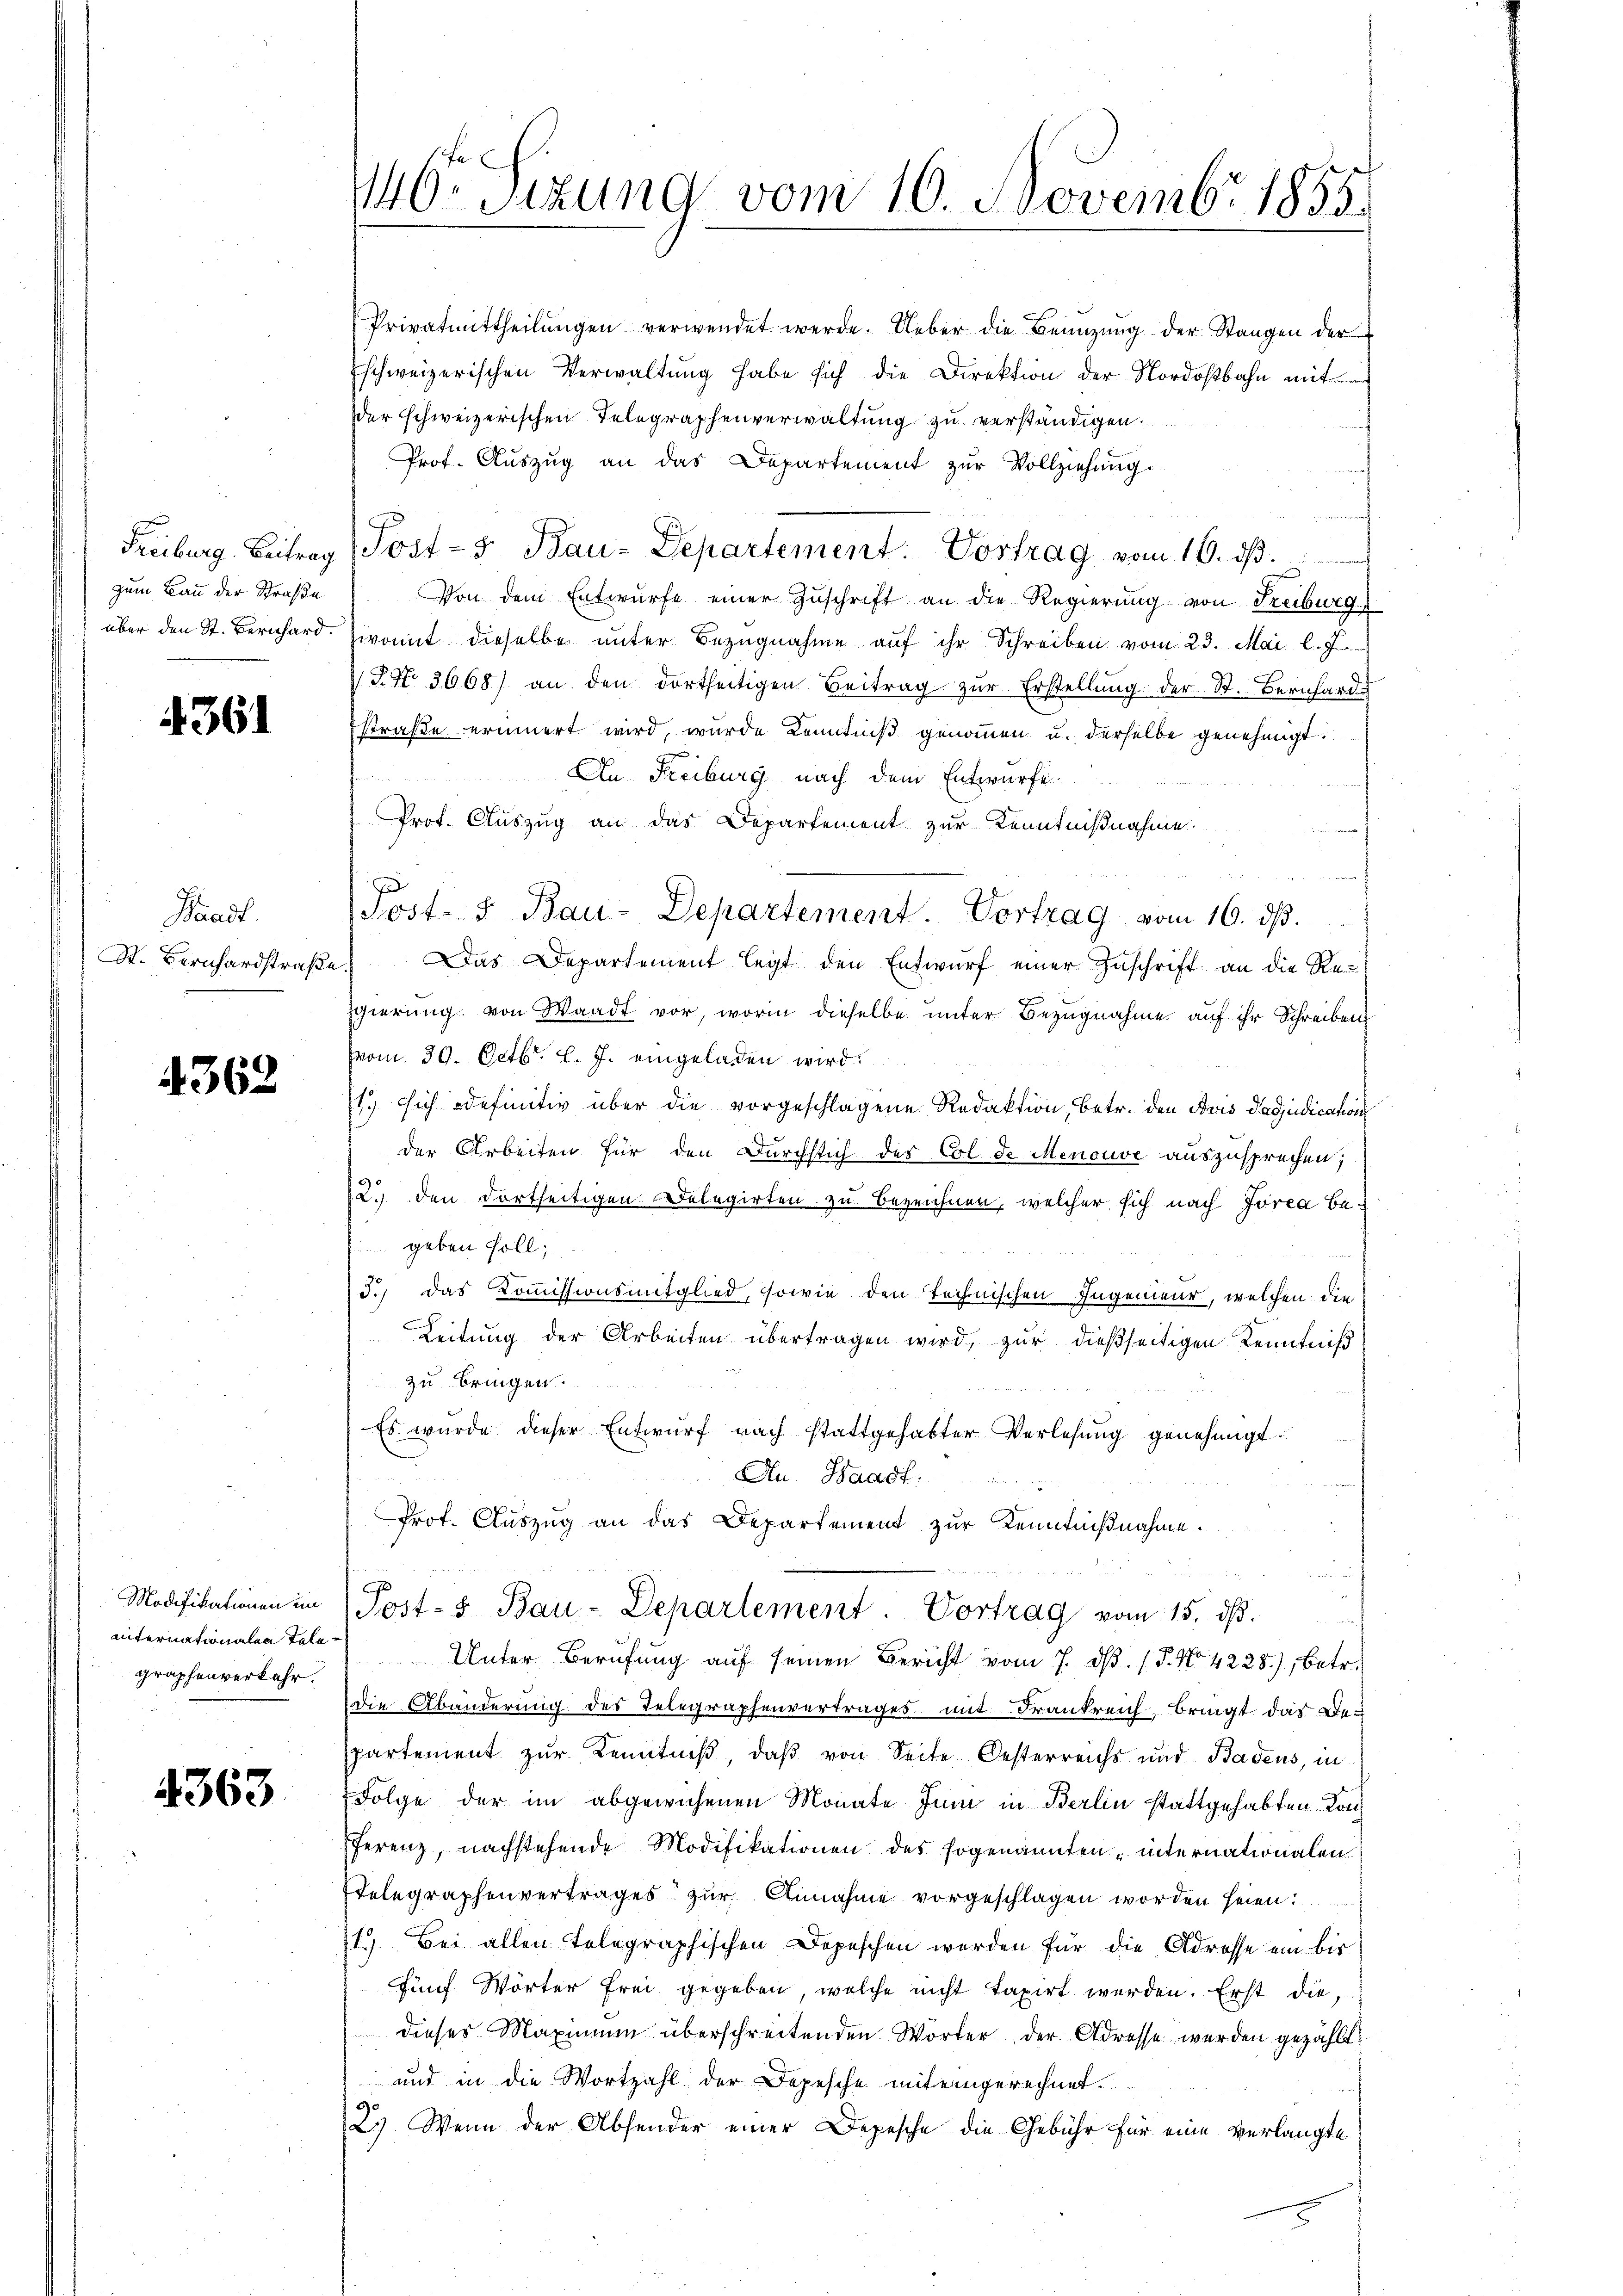
zum Bau der Straße

4361

Waadt.

4368

Modifikationen im
internationalen Telegraphenverkehr.

4363

146. Sizung vom 16. Novembr 1855.

Privatmittheilŭngen verwendet werde. Ueber die Benützŭng der Stangen der
Eschweizerischen Verwaltung habe sich die Direktion der Nordostbahn mit
der schweizerischen Telegraphenverwaltung zu verständigen.
Prof. Aŭszŭg an das Departement zŭr Vollziehung.
Freiburg. Beitrag (Post- & Bau-Departement: Vortrag vom 16. ds.
Von dem Entwürfe einer Zŭschrift an die Regierung von Freibweg
über den St. Bernhard. Zwomit dieselbe ŭnter Bezŭgnahme aŭf ihr Schreiben vom 23. Mai l. J.
 J. N. 3668) an den dortseitigen Beitrag zŭr Erstellŭng der St. Bernhard
Estraße erinnert wird, wurde Kenntniß genommen u. derselbe genehmigt.
An Freiburg nach dem Entwurfe.
Prof. Auszug an das Departement zur Kenntnißnahme.
Post- & Bau-Departement. Vortrag vom 16. ds.
St. Bernhardstraβe. Das Departement legt den Entwŭrf einer Zŭschrift an die Regierung von Waadt vor, worin dieselbe unter Bezugnahme auf ihr Schreiben
(vom 30. Octbr. l. J. eingeladen wird.
1.) sich definitiv über die vorgeschlagene Redaktion, betr. den Bris Padjudication
der Arbeiten für den Durchstich des Col de Menouve auszusprechen;
2.) den dortseitigen Delegirten zu bezeichnen, welcher sich nach Jörea be-
geben soll;
3.) Das Kommissionsmitglied, sowie den technischen Ingenieur, welchen die
Leitung der Arbeiten übertragen wird, zur dießseitigen Kenntniß
zu bringen.
Es wurde dieser Entwurf nach stattgehabter Verlesung genehmigt.
d
An Waadt:
Prot. Auszug an das Departement zur Kenntnißnahme.
Post- u Bau-Departement. Vortrag vom 15. dβ.
Unter Berufung auf seinen Bericht vom 7. ds. (T. No. 4228), betr.
Die Abänderung des Telegraphenvertrages mit Frankreich bringt das Departement zur Kenntniß, daß von Seite Oesterreichs und Badens, in
Folge der im abgewiesenen Monate Juni in Berlin stattgehabten. Konferenz, nachstehende Modifikationen des sogenannten internationalen
Itelegraphenvertrages zur Annahme vorgeschlagen worden seien:
1) Bei allen telegraphischen Depeschen werden für die Adresse ein bis
fünf Wörter frei gegeben, welche nicht taxirt werden. Erst die,
dieses Maximum überschreitenden Wörter der Adresse werden gezählt:
und in die Wortzahl der Depesche mit eingerechnet.
2.) Wenn der Absender einer Depesche die Gebühr für eine verlangte